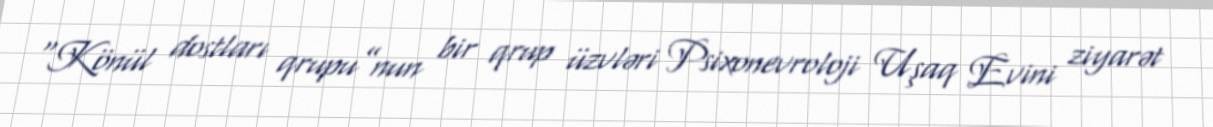
“Könül dostları qrupu”nun bir qrup üzvləri Psixonevroloji Uşaq Evini ziyarət